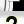
Digit: 2